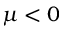
\mu < 0